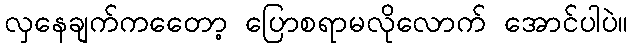
လှနေချက်ကတေော့ ပြောစရာမလိုလောက် အောင်ပါပဲ။